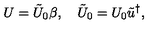
U = \tilde { U } _ { 0 } \beta , \quad \tilde { U } _ { 0 } = U _ { 0 } \tilde { u } ^ { \dag } ,